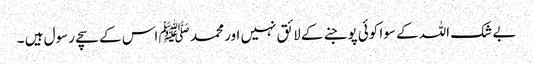
بے شک اللہ کے سوا کوئی پوجنے کے لائق نہیں اور محمد ﷺ اس کے سچے رسول ہیں ۔